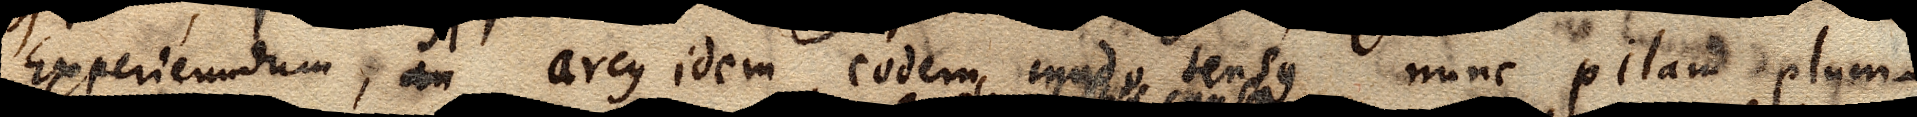
Experiundum, an arcus idem eodem modo tensus tensus nunc pilam plum–